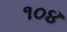
૧૦૪